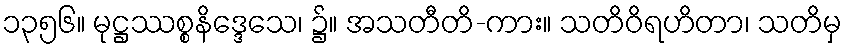
၁၃၅၆။ မုဋ္ဌဿစ္စနိဒ္ဒေသေ၊ ၌။ အသတီတိ-ကား။ သတိဝိရဟိတာ၊ သတိမှ